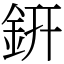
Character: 銒